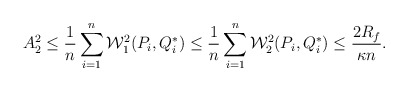
\begin{align*}A_2^2 \le \frac{1}{n}\sum_{i=1}^n\mathcal{W}_1^2(P_i,Q^*_i) \le \frac{1}{n}\sum_{i=1}^n\mathcal{W}_2^2(P_i,Q^*_i) \le \frac{2R_f}{\kappa n}.\end{align*}